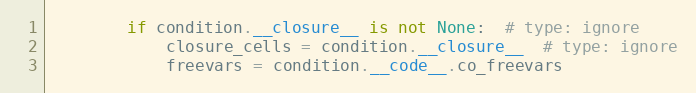
Language: Python
        if condition.__closure__ is not None:  # type: ignore
            closure_cells = condition.__closure__  # type: ignore
            freevars = condition.__code__.co_freevars